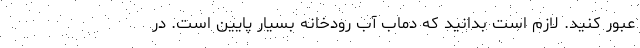
عبور کنید. لازم است بدانید که دماب آب رودخانه بسیار پایین است. در